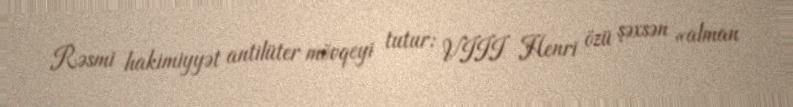
Rəsmi hakimiyyət antilüter mövqeyi tutur: VIII Henri özü şəxsən «alman